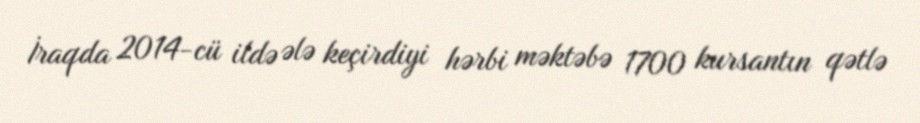
İraqda 2014-cü ildə ələ keçirdiyi hərbi məktəbə 1700 kursantın qətlə